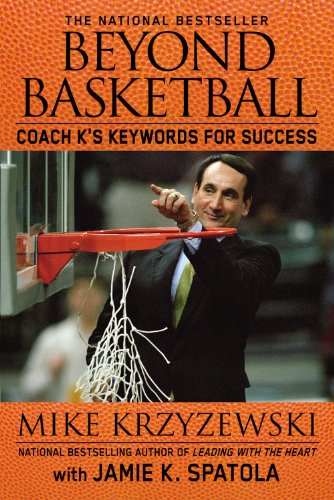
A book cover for Beyond Basketball: Coach K's Keywords for Success; Mike Krzyzewski; Sports & Outdoors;